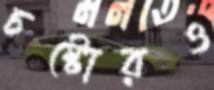
চষ্টোরও